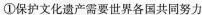
①保护文化遗产需要世界各国共同努力